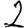
Digit: 2